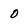
Character: 0